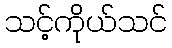
သင့်ကိုယ်သင်